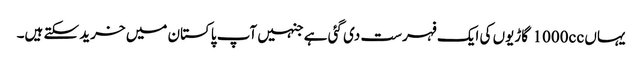
یہاں 1000cc گاڑیوں کی ایک فہرست دی گئی ہے جنہیں آپ پاکستان میں خرید سکتے ہیں۔